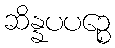
ဆိန္နပပဉ္စေ